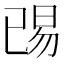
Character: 𬀺